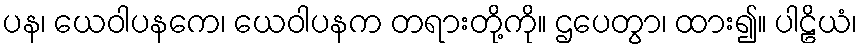
ပန၊ ယေဝါပနကေ၊ ယေဝါပနက တရားတို့ကို။ ဌပေတွာ၊ ထား၍။ ပါဠိယံ၊